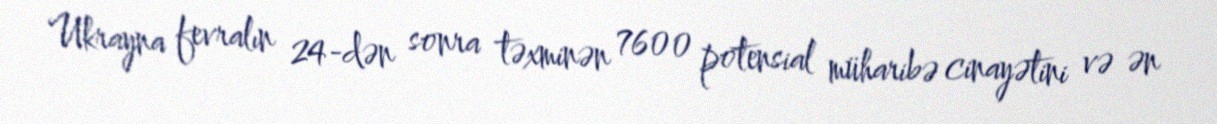
Ukrayna fevralın 24-dən sonra təxminən 7600 potensial müharibə cinayətini və ən